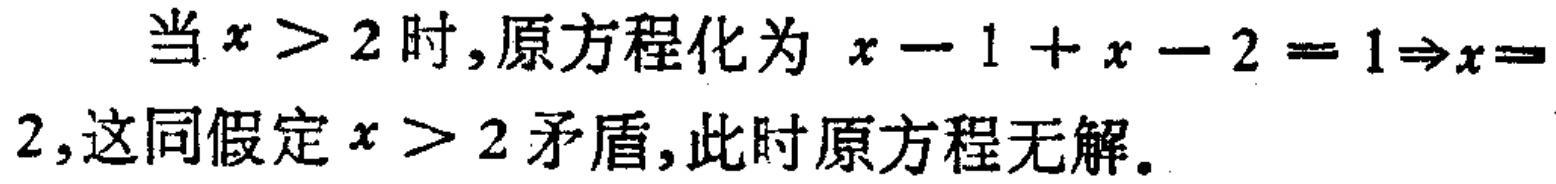
当$x > 2$时,原方程化为$x - 1 + x - 2 = 1\Rightarrow x = 2$,这同假定$x > 2$矛盾,此时原方程无解。